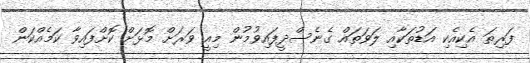
ފަރިތަ އެކިއެކި އަޑުތަކާއި ލަވަތައް ގެނެސްދީފައިވުމުން މިއީ ވަރަށް މޮޅަށް ކޮށްފައިވާ ކަމެއްކަން